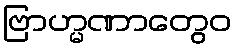
ဗြာဟ္မဏာတွေဝ